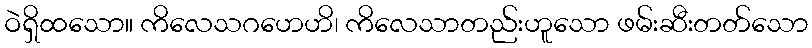
ဝဲရှိထသော။ ကိလေသဂဟေဟိ၊ ကိလေသာတည်းဟူသော ဖမ်းဆီးတတ်သော